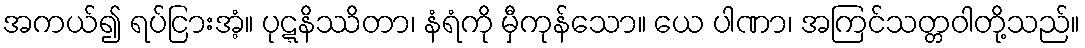
အကယ်၍ ရပ်ငြားအံ့။ ပုဋ္ဋနိဿိတာ၊ နံရံကို မှီကုန်သော။ ယေ ပါဏာ၊ အကြင်သတ္တဝါတို့သည်။